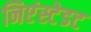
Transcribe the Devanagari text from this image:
निएंस्टेडट